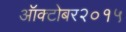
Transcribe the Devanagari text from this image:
ऑक्टोबर२०१५